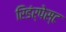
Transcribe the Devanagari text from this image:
रिडंर्पेस्ट